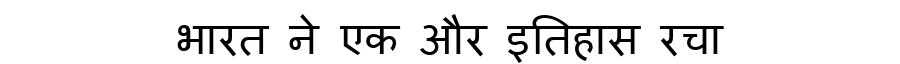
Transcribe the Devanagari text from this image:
भारत ने एक और इतिहास रचा